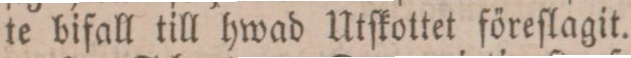
te bifall till hwad Utſkottet föreſlagit.